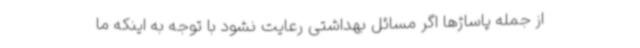
از جمله پاساژها اگر مسائل بهداشتی رعایت نشود با توجه به اینکه ما